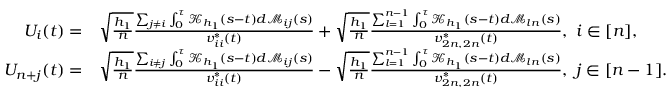
\begin{array} { r l } { U _ { i } ( t ) = } & { \sqrt { \frac { h _ { 1 } } { n } } \frac { \sum _ { j \neq i } \int _ { 0 } ^ { \tau } \mathcal { K } _ { h _ { 1 } } ( s - t ) d \mathcal { M } _ { i j } ( s ) } { v _ { i i } ^ { * } ( t ) } + \sqrt { \frac { h _ { 1 } } { n } } \frac { \sum _ { l = 1 } ^ { n - 1 } \int _ { 0 } ^ { \tau } \mathcal { K } _ { h _ { 1 } } ( s - t ) d \mathcal { M } _ { l n } ( s ) } { v _ { 2 n , 2 n } ^ { * } ( t ) } , ~ i \in [ n ] , } \\ { U _ { n + j } ( t ) = } & { \sqrt { \frac { h _ { 1 } } { n } } \frac { \sum _ { i \neq j } \int _ { 0 } ^ { \tau } \mathcal { K } _ { h _ { 1 } } ( s - t ) d \mathcal { M } _ { i j } ( s ) } { v _ { i i } ^ { * } ( t ) } - \sqrt { \frac { h _ { 1 } } { n } } \frac { \sum _ { l = 1 } ^ { n - 1 } \int _ { 0 } ^ { \tau } \mathcal { K } _ { h _ { 1 } } ( s - t ) d \mathcal { M } _ { l n } ( s ) } { v _ { 2 n , 2 n } ^ { * } ( t ) } , ~ j \in [ n - 1 ] . } \end{array}